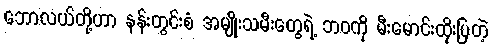
ဘောလယ်တို့ဟာ နန်းတွင်းစံ အမျိုးသမီးတွေရဲ့ ဘဝကို မီးမောင်းထိုးပြတဲ့